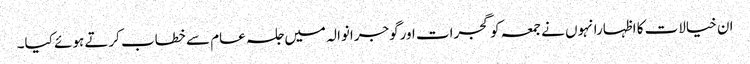
ان خیالات کا اظہارانہوں نے جمعہ کو گجرات اورگوجرانوالہ میں جلسہ عام سے خطاب کرتے ہوئے کیا۔